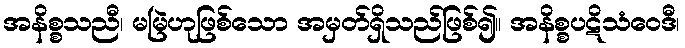
အနိစ္စသညီ၊ မမြဲဟုဖြစ်သော အမှတ်ရှိသည်ဖြစ်၍။ အနိစ္စပဋိသံဝေဒီ၊